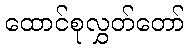
ထောင်စုလွှတ်တော်